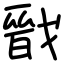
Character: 戩